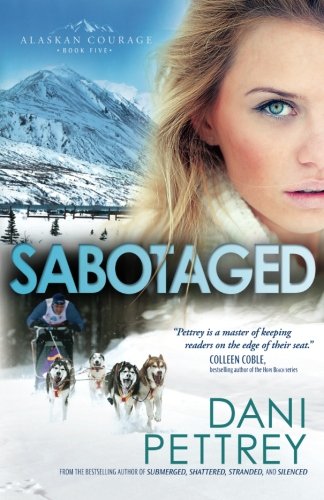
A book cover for Sabotaged (Alaskan Courage) (Volume 5); Dani Pettrey; Romance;